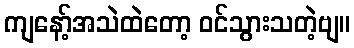
ကျနော့်အသဲထဲတော့ ဝင်သွားသတဲ့ဗျ။